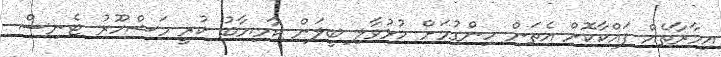
އިމާރާތެއް ފައްކާކޮށް އެތަން ހިންގުމަށް ހުޅުވާލި ބީލަން ކާމިޔާބު ކުރީ މަޝްހޫރު ޓެނިސް